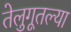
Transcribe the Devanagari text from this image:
तेलुगूतल्या